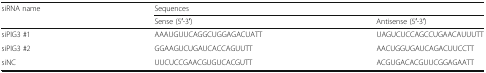
<table><thead><tr><td rowspan="2"><b>siRNA name</b></td><td colspan="2"><b>Sequences</b></td></tr><tr><td><b>Sense (5′-3′)</b></td><td><b>Antisense (5′-3′)</b></td></tr></thead><tbody><tr><td>siPIG3 #1</td><td>AAAUGUUCAGGCUGGAGACUATT</td><td>UAGUCUCCAGCCUGAACAUUUTT</td></tr><tr><td>siPIG3 #2</td><td>GGAAGUCUGAUCACCAGUUTT</td><td>AACUGGUGAUCAGACUUCCTT</td></tr><tr><td>siNC</td><td>UUCUCCGAACGUGUCACGUTT</td><td>ACGUGACACGUUCGGAGAATT</td></tr></tbody></table>